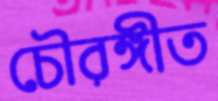
চৌরঙ্গীত